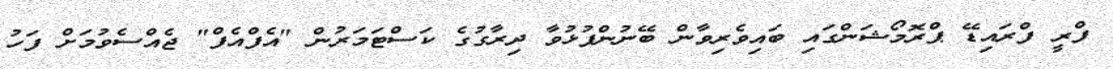
ފްރީ ފްރައިޑޭ ޕްރޮމޯޝަންގައި ބައިވެރިވާން ބޭނުންފުޅުވާ ދިރާގުގެ ކަސްޓަމަރުން "އެފްއެފް" ޖެއްސެވުމަށް ފަހު